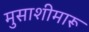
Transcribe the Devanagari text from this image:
मुसाशीमारू